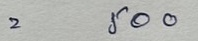
= 500